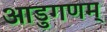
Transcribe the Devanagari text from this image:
आडुगणम्